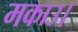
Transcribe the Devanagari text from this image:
मकाउ।